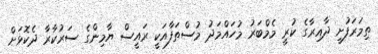
ތިމަރަފުށީ ދާއިރާގެ ކުރީ މެމްބަރު މުހައްމަދު މުސްތަފާއަކީ ރައީސް ޔާމިންގެ ސަރުކާރާ ދެކޮޅަށް